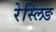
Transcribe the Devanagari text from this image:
रेस्लिङ